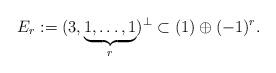
LaTeX: \begin{align*}E_r:=(3,\underbrace{1,\ldots,1}_{r})^{\bot}\subset (1)\oplus(-1)^r.\end{align*}